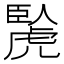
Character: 𧇬